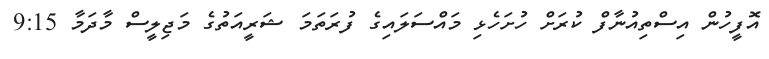
އޮފީހުން އިސްތިއުނާފް ކުރަށް ހުށަހެޅި މައްސަލައިގެ ފުރަތަމަ ޝަރީއަތުގެ މަޖިލީސް މާދަމާ 9:15